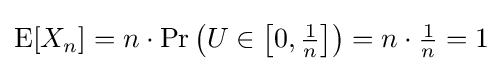
\operatorname {E} [X_{n}]=n\cdot \Pr \left(U\in \left[0,{\tfrac {1}{n}}\right]\right)=n\cdot {\tfrac {1}{n}}=1